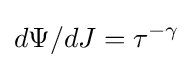
d\Psi /dJ=\tau ^{-\gamma }